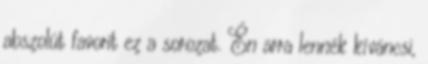
abszolút favorit ez a sorozat. Én arra lennék kíváncsi,